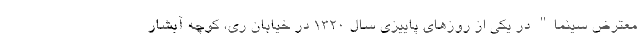
معترض سینما" در یکی از روزهای پاییزی سال ۱۳۲۰ در خیابان ری، کوچه آبشار